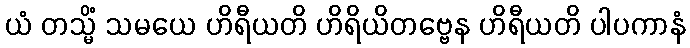
ယံ တသ္မိံ သမယေ ဟိရီယတိ ဟိရိယိတဗ္ဗေန ဟိရီယတိ ပါပကာနံ